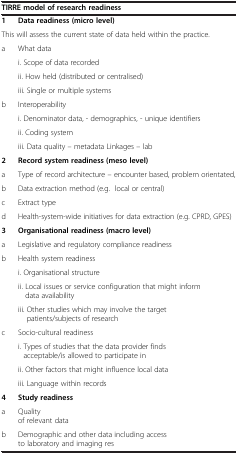
| <COLSPAN=2> TIRRE model of research readiness |
 | --- | --- |
 | 1 | Data readiness (micro level) |
 | <COLSPAN=2> This will assess the current state of data held within the practice. |
 | a | What data |
 |  | i. Scope of data recorded |
 |  | ii. How held (distributed or centralised) |
 |  | iii. Single or multiple systems |
 | b | Interoperability |
 |  | i. Denominator data, - demographics, - unique identifiers |
 |  | ii. Coding system |
 |  | iii. Data quality – metadata Linkages – lab |
 | 2 | Record system readiness (meso level) |
 | a | Type of record architecture – encounter based, problem orientated, |
 | b | Data extraction method (e.g. local or central) |
 | c | Extract type |
 | d | Health-system-wide initiatives for data extraction (e.g. CPRD, GPES) |
 | 3 | Organisational readiness (macro level) |
 | a | Legislative and regulatory compliance readiness |
 | b | Health system readiness |
 |  | i. Organisational structure |
 |  | ii. Local issues or service configuration that might inform data availability |
 |  | iii. Other studies which may involve the target patients/subjects of research |
 | c | Socio-cultural readiness |
 |  | i. Types of studies that the data provider finds acceptable/is allowed to participate in |
 |  | ii. Other factors that might influence local data |
 |  | iii. Language within records |
 | 4 | Study readiness |
 | a | Quality of relevant data |
 | b | Demographic and other data including access to laboratory and imaging res |